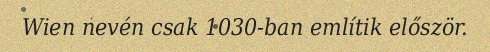
Wien nevén csak 1030-ban említik először.